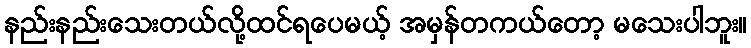
နည်းနည်းသေးတယ်လို့ထင်ရပေမယ့် အမှန်တကယ်တော့ မသေးပါဘူး။